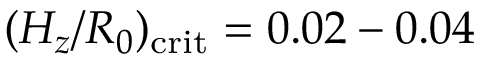
( H _ { z } / R _ { 0 } ) _ { \mathrm { c r i t } } = 0 . 0 2 - 0 . 0 4